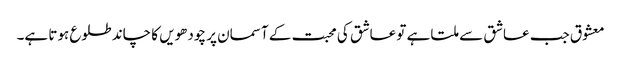
معشوق جب عاشق سے ملتا ہے تو عاشق کی محبت کے آسمان پر چودھویں کا چاند طلوع ہوتا ہے۔